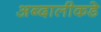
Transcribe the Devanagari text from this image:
अब्दालीकडे